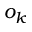
o _ { k }